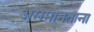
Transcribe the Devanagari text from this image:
असमानताना